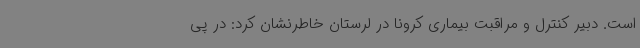
است. دبیر کنترل و مراقبت بیماری کرونا در لرستان خاطرنشان کرد: در پی